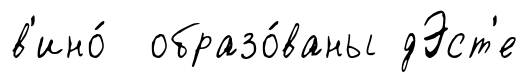
в'ино́ образо́ваны дЭст'е